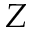
Z